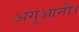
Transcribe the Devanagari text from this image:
अगुआनी।